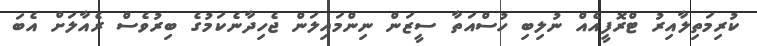
ކުރިމަތިލާއިރު ޓްރޮފީއެއް ނުލިބި ހުސްއަތާ ސީޒަން ނިންމައިލަން ޖެހިދާނެކަމުގެ ބިރުވެސް ރެއާލަށް އެބަ